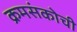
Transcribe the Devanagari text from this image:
क्रमसंकोची